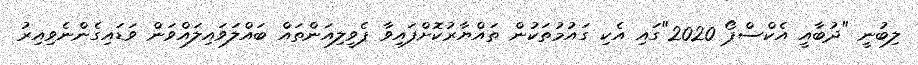
ލިބުނީ "ދުބާއީ އެކްސްޕޯ 2020"ގައި އެކި ގައުމުތަކުން ތައްޔާރުކޮށްފައިވާ ޕެވީލިއަންތައް ބައްލަވައިލައްވަން ވަޑައިގެންނެވިއިރު